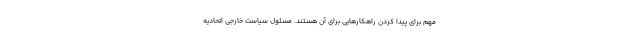
مهم برای پیدا کردن راهکارهایی برای آن هستند. مسئول سیاست خارجی اتحادیه